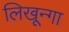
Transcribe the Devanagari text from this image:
लिखून्गा